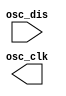
module AL_PHY_OSC (osc_dis, osc_clk);		// osc clk

    input osc_dis;
    output osc_clk;

    parameter STDBY = "DISABLE"; 	// DISABLE/ENABLE 

    reg osc_reg, int_osc_clk;
    reg osc_dis_reg;

    initial
    begin
        int_osc_clk = 1'b0;
    end

    always @(*) begin
        if (STDBY == "ENABLE")
            osc_dis_reg = osc_dis;
        else
            osc_dis_reg = 0;
    end

    always
        #1.9 int_osc_clk = ~int_osc_clk;

    always @ (osc_dis_reg or int_osc_clk) begin
        if (osc_dis_reg == 1'b1)
            osc_reg = 1'b0;
        else
            osc_reg = int_osc_clk;
    end

    buf (osc_clk, osc_reg);

endmodule